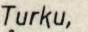
Turku,